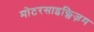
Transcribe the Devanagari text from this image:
मोटरसाइक्लिज़म